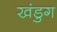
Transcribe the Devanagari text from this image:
खंडुग